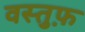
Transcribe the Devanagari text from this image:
वस्तुफ़